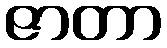
ဇာတာ